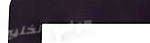
كوفي الخليج